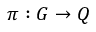
\pi : G \to Q